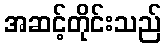
အဆင့်တိုင်းသည်